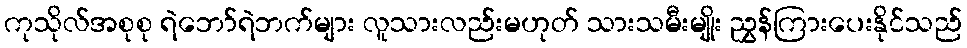
ကုသိုလ်အစုစု ရဲဘော်ရဲဘက်များ လူသားလည်းမဟုတ် သားသမီးမျိုး ညွှန်ကြားပေးနိုင်သည်